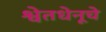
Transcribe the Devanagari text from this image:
श्वेतधेनूचे